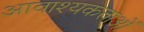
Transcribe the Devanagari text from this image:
आवाश्‍यकताओं